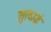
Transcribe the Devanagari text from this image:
सुग़्दाई